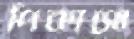
পিকাসো